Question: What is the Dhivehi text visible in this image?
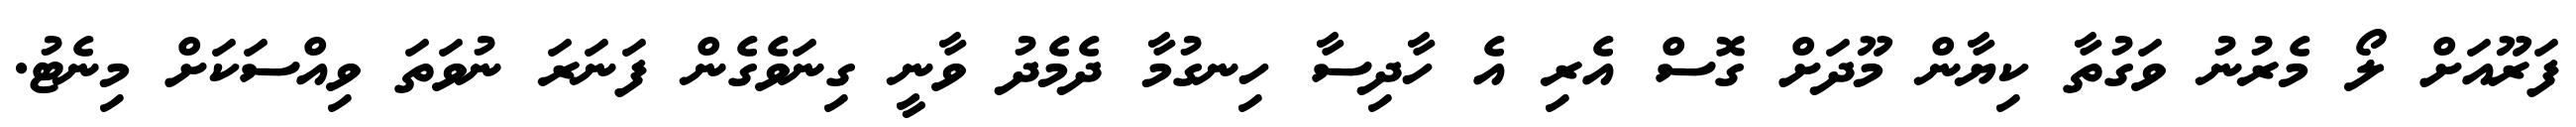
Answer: ފަރޫއަށް ލޯ މެރުނު ވަގުތާ ކިޔާން މޫދަށް ގޮސް އެރި އެ ހާދިސާ ހިނގުމާ ދެމެދު ވާނީ ގިނަވެގެން ފަނަރަ ނުވަތަ ވިއްސަކަށް މިނެޓު.